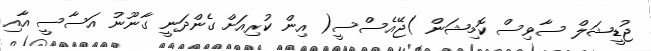
ޖުޑީޝަލް ސާވިސް ކޮމިޝަން )ޖޭއެސްސީ( އިން ކުރިއަށް ގެންދަނީ ގާނޫނު އަސާސީ އާއި